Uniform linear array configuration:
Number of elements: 64
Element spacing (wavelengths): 0.5
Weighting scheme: exponential
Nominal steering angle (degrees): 30
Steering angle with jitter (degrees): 29.571
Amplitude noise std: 0.05
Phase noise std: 0.05

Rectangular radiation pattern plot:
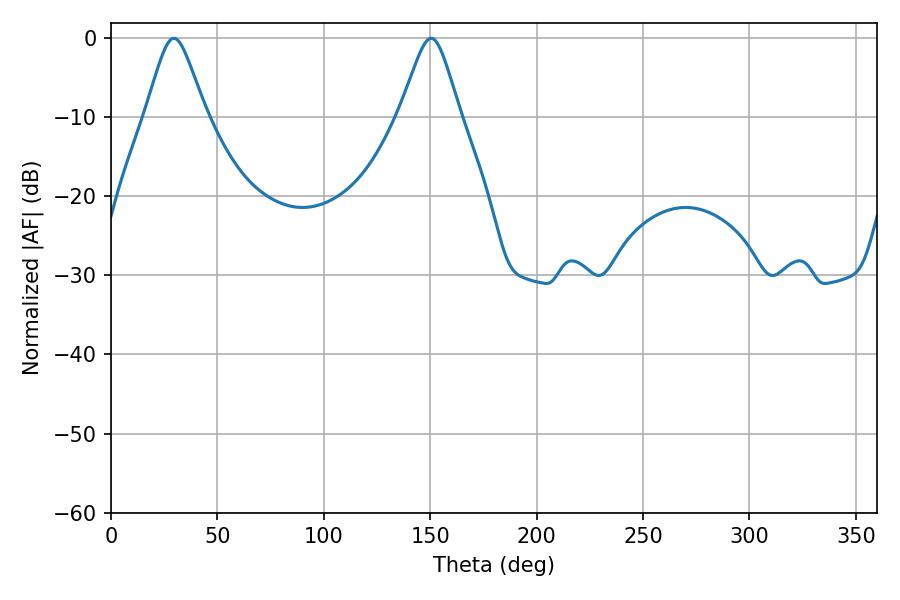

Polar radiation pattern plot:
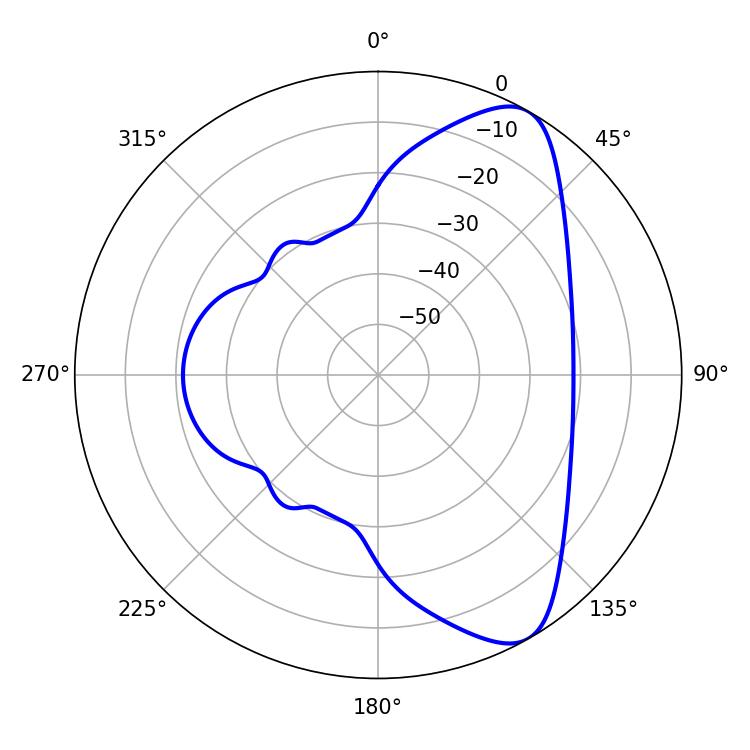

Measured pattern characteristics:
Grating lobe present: FALSE
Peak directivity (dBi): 8.311
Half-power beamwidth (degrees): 13.5
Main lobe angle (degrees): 29.52